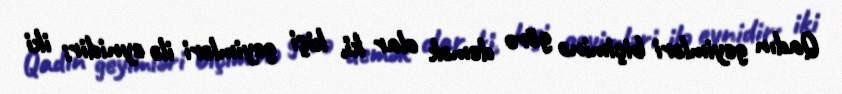
Qadın geyimləri biçiminə görə demək olar ki, kişi geyimləri ilə eynidir; iki